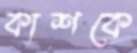
কাশকে